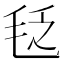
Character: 𣭛